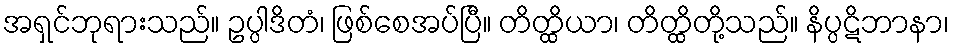
အရှင်ဘုရားသည်။ ဥပ္ပါဒိတံ၊ ဖြစ်စေအပ်ပြီ။ တိတ္ထိယာ၊ တိတ္ထိတို့သည်။ နိပ္ပဋိဘာနာ၊